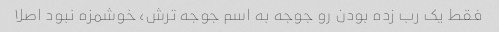
فقط یک رب زده بودن رو جوجه به اسم جوجه ترش، خوشمزه نبود اصلا